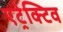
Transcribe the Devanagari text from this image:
एट्रेक्टिव